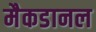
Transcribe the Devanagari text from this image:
मैकडानल